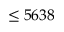
\leq 5 6 3 8